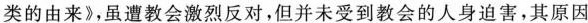
类的由来》，虽遭教会激烈反对，但并未受到教会的人身迫害，其原因